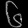
Digit: ၆